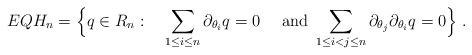
LaTeX: \begin{align*}EQH_n = \Big\{ q \in R_n : \quad\sum_{1\le i\le n} \partial_{\theta_i}q= 0 \quad\hbox{ and }\sum_{1\le i<j\le n} \partial_{\theta_j}\partial_{\theta_i}q= 0 \Big\}~.\end{align*}